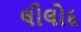
લીલોદ